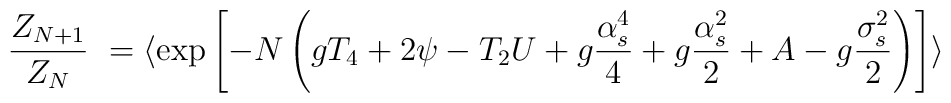
{Z_{N+1} \over Z_N}\ = \langle \exp\left[-N\left( g T_4 + 2 \psi  - T_2 U  + g { \alpha_s^4 \over 4} + g { \alpha_s^2 \over 2} + A - g { \sigma_s^2 \over 2}\right)\right]\rangle